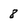
Character: 8